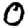
Digit: 0